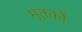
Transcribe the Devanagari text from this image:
मृतकोें